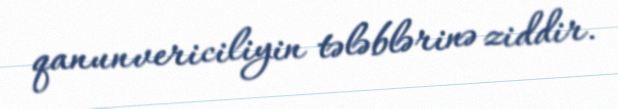
qanunvericiliyin tələblərinə ziddir.